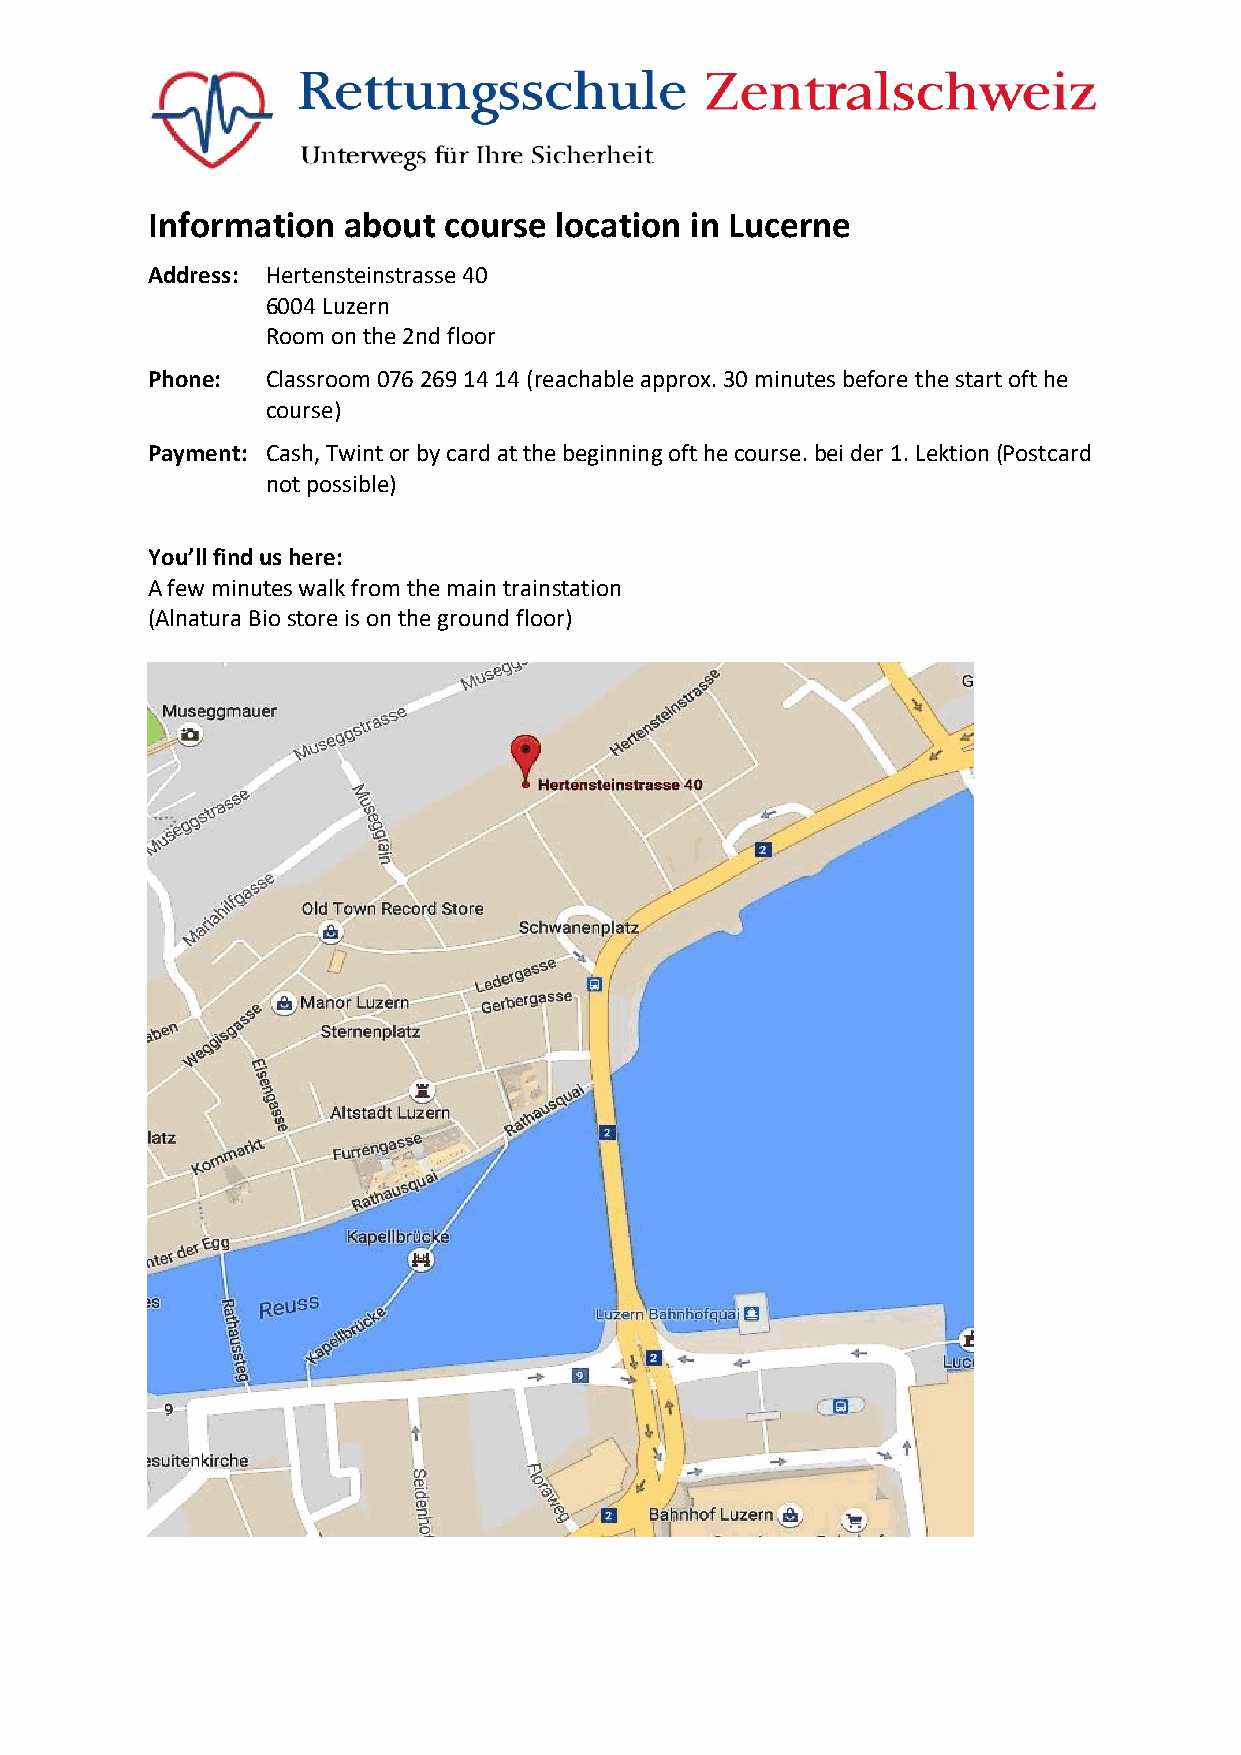
Information  about course  location in Lucerne
 Address: Hertensteinstrasse 40
 6004 Luzern
 Room on the 2nd floor
 Phone:  Classroom 076 269 14 14 (reachable approx. 30 minutes before the start oft he
 course)
 Payment: Cash, Twint or by card at the beginning oft he course. bei der 1. Lektion (Postcard
 not possible)
 You’ll find us here:
 A few minutes walk from the main trainstation
 (Alnatura Bio store is on the ground floor)